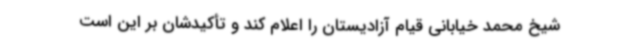
شیخ محمد خیابانی قیام آزادیستان را اعلام کند و تأکیدشان بر این است